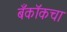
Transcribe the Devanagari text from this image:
बँकॉकचा